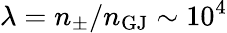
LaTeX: \lambda=n_{\mathrm{\pm}}/n_{\mathrm{GJ}}\sim 10^{4}